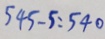
5 4 5 - 5 = 5 4 0